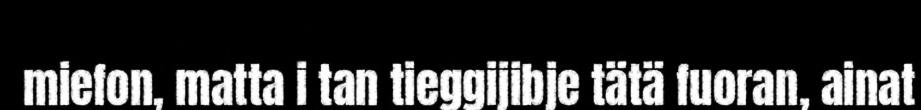
miefon, matta i tan tieggijibje tätä fuoran, ainat